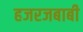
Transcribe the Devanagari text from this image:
हजरजबाबी